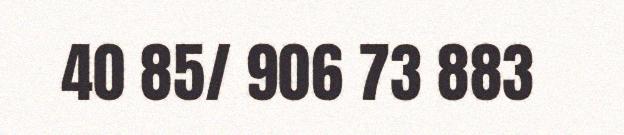
40 85/ 906 73 883